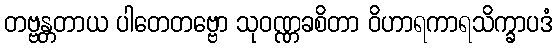
တဗ္ဗန္တတာယ ပါတေတဗ္ဗော သုဝဏ္ဏခစိတာ ဝိဟာရကာရသိက္ခာပဒံ